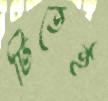
টিতেই